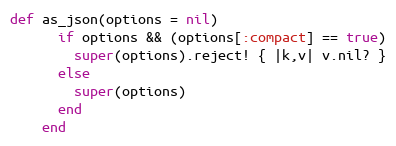
Language: Ruby
def as_json(options = nil)
      if options && (options[:compact] == true)
        super(options).reject! { |k,v| v.nil? }
      else
        super(options)
      end
    end